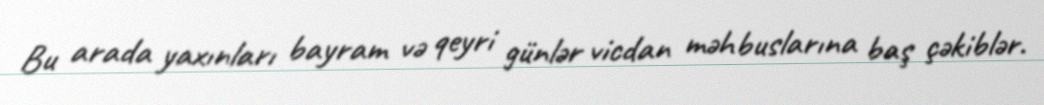
Bu arada yaxınları bayram və qeyri günlər vicdan məhbuslarına baş çəkiblər.